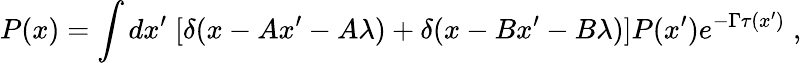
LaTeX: P(x)=\int dx^{\prime}\; [\delta(x-Ax^{\prime}-A\lambda)+\delta(x-Bx^{\prime}-B\lambda)]P(x^{\prime})e^{-\Gamma\tau(x^{\prime})}\; ,